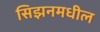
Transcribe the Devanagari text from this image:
सिझनमधील